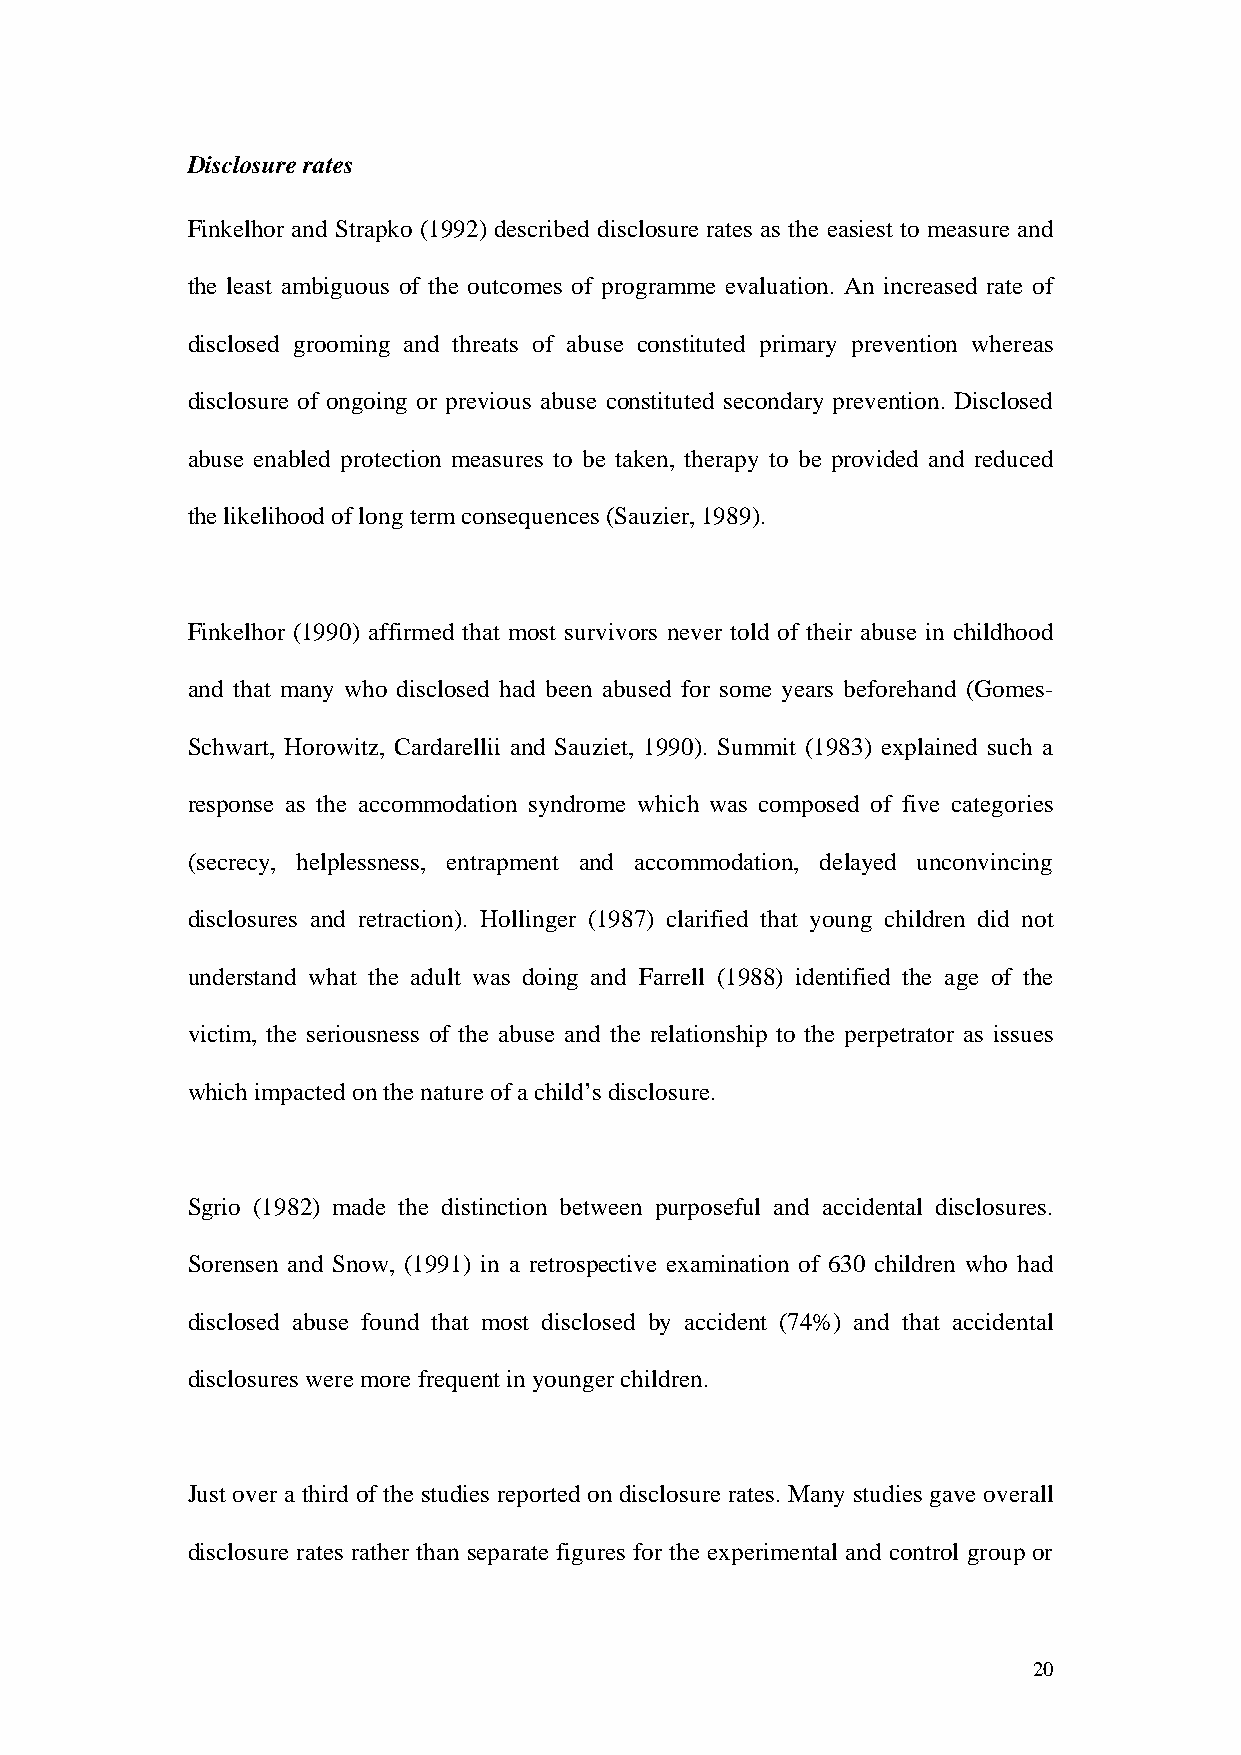
Disclosure rates
 Finkelhor and Strapko (1992) described disclosure rates as the easiest to measure and
 the least ambiguous of the outcomes of programme evaluation. An increased rate of
 disclosed grooming and threats of abuse constituted primary prevention whereas
 disclosure of ongoing or previous abuse constituted secondary prevention. Disclosed
 abuse enabled protection measures to be taken, therapy to be provided and reduced
 the likelihood of long term consequences (Sauzier, 1989).
 Finkelhor (1990) affirmed that most survivors never told of their abuse in childhood
 and that many who disclosed had been abused for some years beforehand (Gomes-
 Schwart, Horowitz, Cardarellii and Sauziet, 1990). Summit (1983) explained such a
 response as the accommodation syndrome which was composed of five categories
 (secrecy, helplessness, entrapment and accommodation, delayed unconvincing
 disclosures and retraction). Hollinger (1987) clarified that young children did not
 understand what the adult was doing and Farrell (1988) identified the age of the
 victim, the seriousness of the abuse and the relationship to the perpetrator as issues
 which impacted on the nature of a child’s disclosure.
 Sgrio (1982) made the distinction between purposeful and accidental disclosures.
 Sorensen and Snow, (1991) in a retrospective examination of 630 children who had
 disclosed abuse found that most disclosed by accident (74%) and that accidental
 disclosures were more frequent in younger children.
 Just over a third of the studies reported on disclosure rates. Many studies gave overall
 disclosure rates rather than separate figures for the experimental and control group or
 20